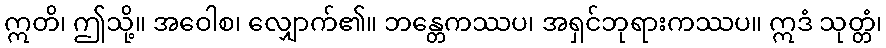
ဣတိ၊ ဤသို့။ အဝေါစ၊ လျှောက်၏။ ဘန္တေကဿပ၊ အရှင်ဘုရားကဿပ။ ဣဒံ သုတ္တံ၊